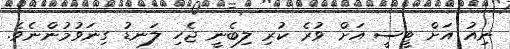
ނިއު އަށް ޓީސީ އަށް ވުރެ ކުރި ލިބެނީ ޖެހި ލަނޑު ގިނަވުމުންނެވެ.